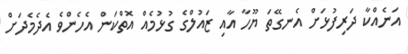
އަނެއްކާ ދަރިފުޅަށް އެނގޭތަ ޔޫހާ އާއި ޒައުލްގެ ގުޅުމެއް އޮތްކަން އެހެންވެ އެދެމެދަށް